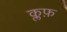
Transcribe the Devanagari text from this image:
क्लफ़